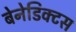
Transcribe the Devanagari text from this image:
बेनेडिक्टस